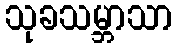
သုခသမ္ဘာသာ